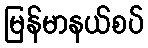
မြန်မာနယ်စပ်